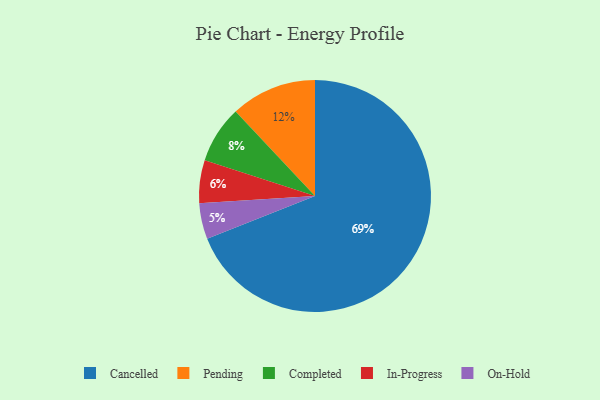
{"axis": {"x": "Category", "y": "Percentage"}, "legend": ["Cancelled", "Completed", "In-Progress", "On-Hold", "Pending"], "data": [{"x": "Cancelled", "y": 69, "type": "Cancelled"}, {"x": "In-Progress", "y": 6, "type": "In-Progress"}, {"x": "On-Hold", "y": 5, "type": "On-Hold"}, {"x": "Completed", "y": 8, "type": "Completed"}, {"x": "Pending", "y": 12, "type": "Pending"}]}